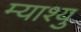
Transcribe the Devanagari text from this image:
म्याश्यु